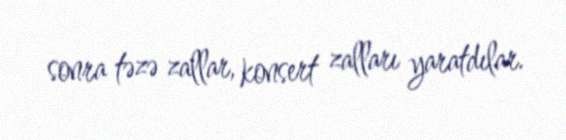
sonra təzə zallar, konsert zalları yaratdılar.